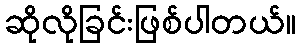
ဆိုလိုခြင်းဖြစ်ပါတယ်။